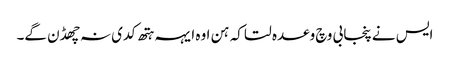
ایس نے پنجابی وچ وعدہ لتا کہ ہن اوہ ایہہ ہتھ کدی نہ چھڈن گے۔